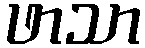
ဖာသာ